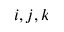
i , j , k